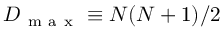
D _ { \mathrm { ~ m ~ a ~ x ~ } } \equiv N ( N + 1 ) / 2